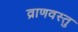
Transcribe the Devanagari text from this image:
व्राणवस्तु